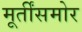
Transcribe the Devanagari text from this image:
मूर्तींसमोर